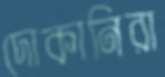
দোকানিরা